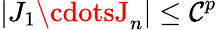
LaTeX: |J_{1}\cdotsJ_{n}|\leq\mathcal{C}^{p}